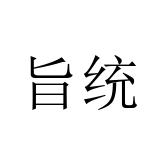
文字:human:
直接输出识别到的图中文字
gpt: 旨统